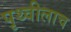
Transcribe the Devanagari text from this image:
पृथ्वीलाच